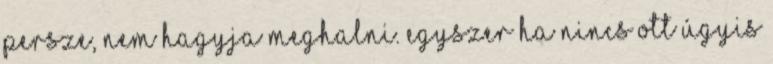
Persze, nem hagyja meghalni. Egyszer ha nincs ott úgyis